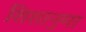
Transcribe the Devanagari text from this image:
शिशानुमा